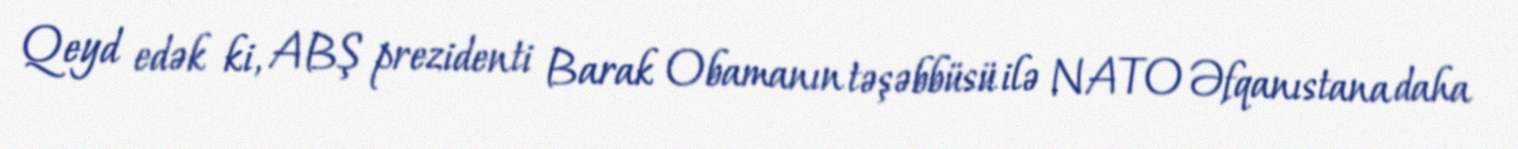
Qeyd edək ki, ABŞ prezidenti Barak Obamanın təşəbbüsü ilə NATO Əfqanıstana daha